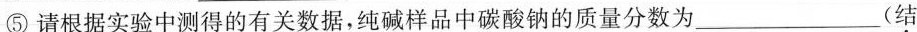
⑤请根据实验中测得的有关数据，纯碱样品中碳酸钠的质量分数为___(结